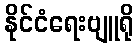
နိုင်ငံရေးဗျူရို